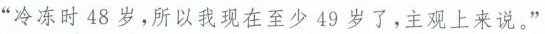
“冷冻时48岁，所以我现在至少49岁了，主观上来说。”